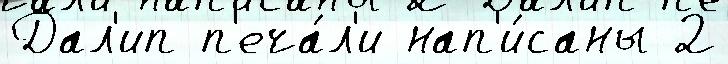
Дал'ип п'еча́л'и нап'и́саны 2